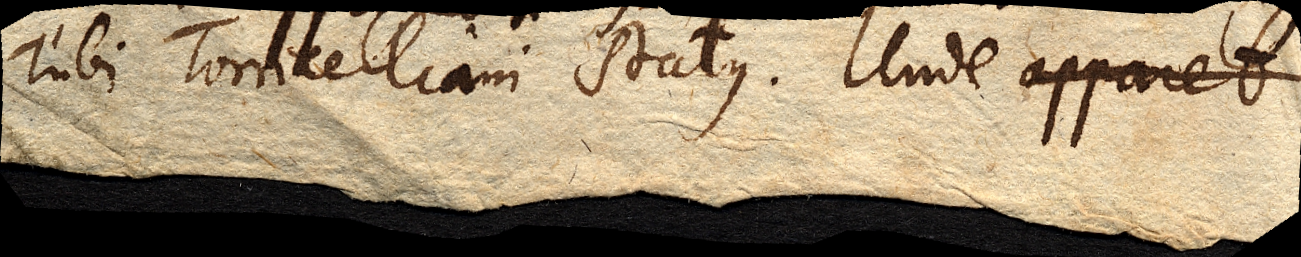
Tubi Torricelliani status. Unde apparet